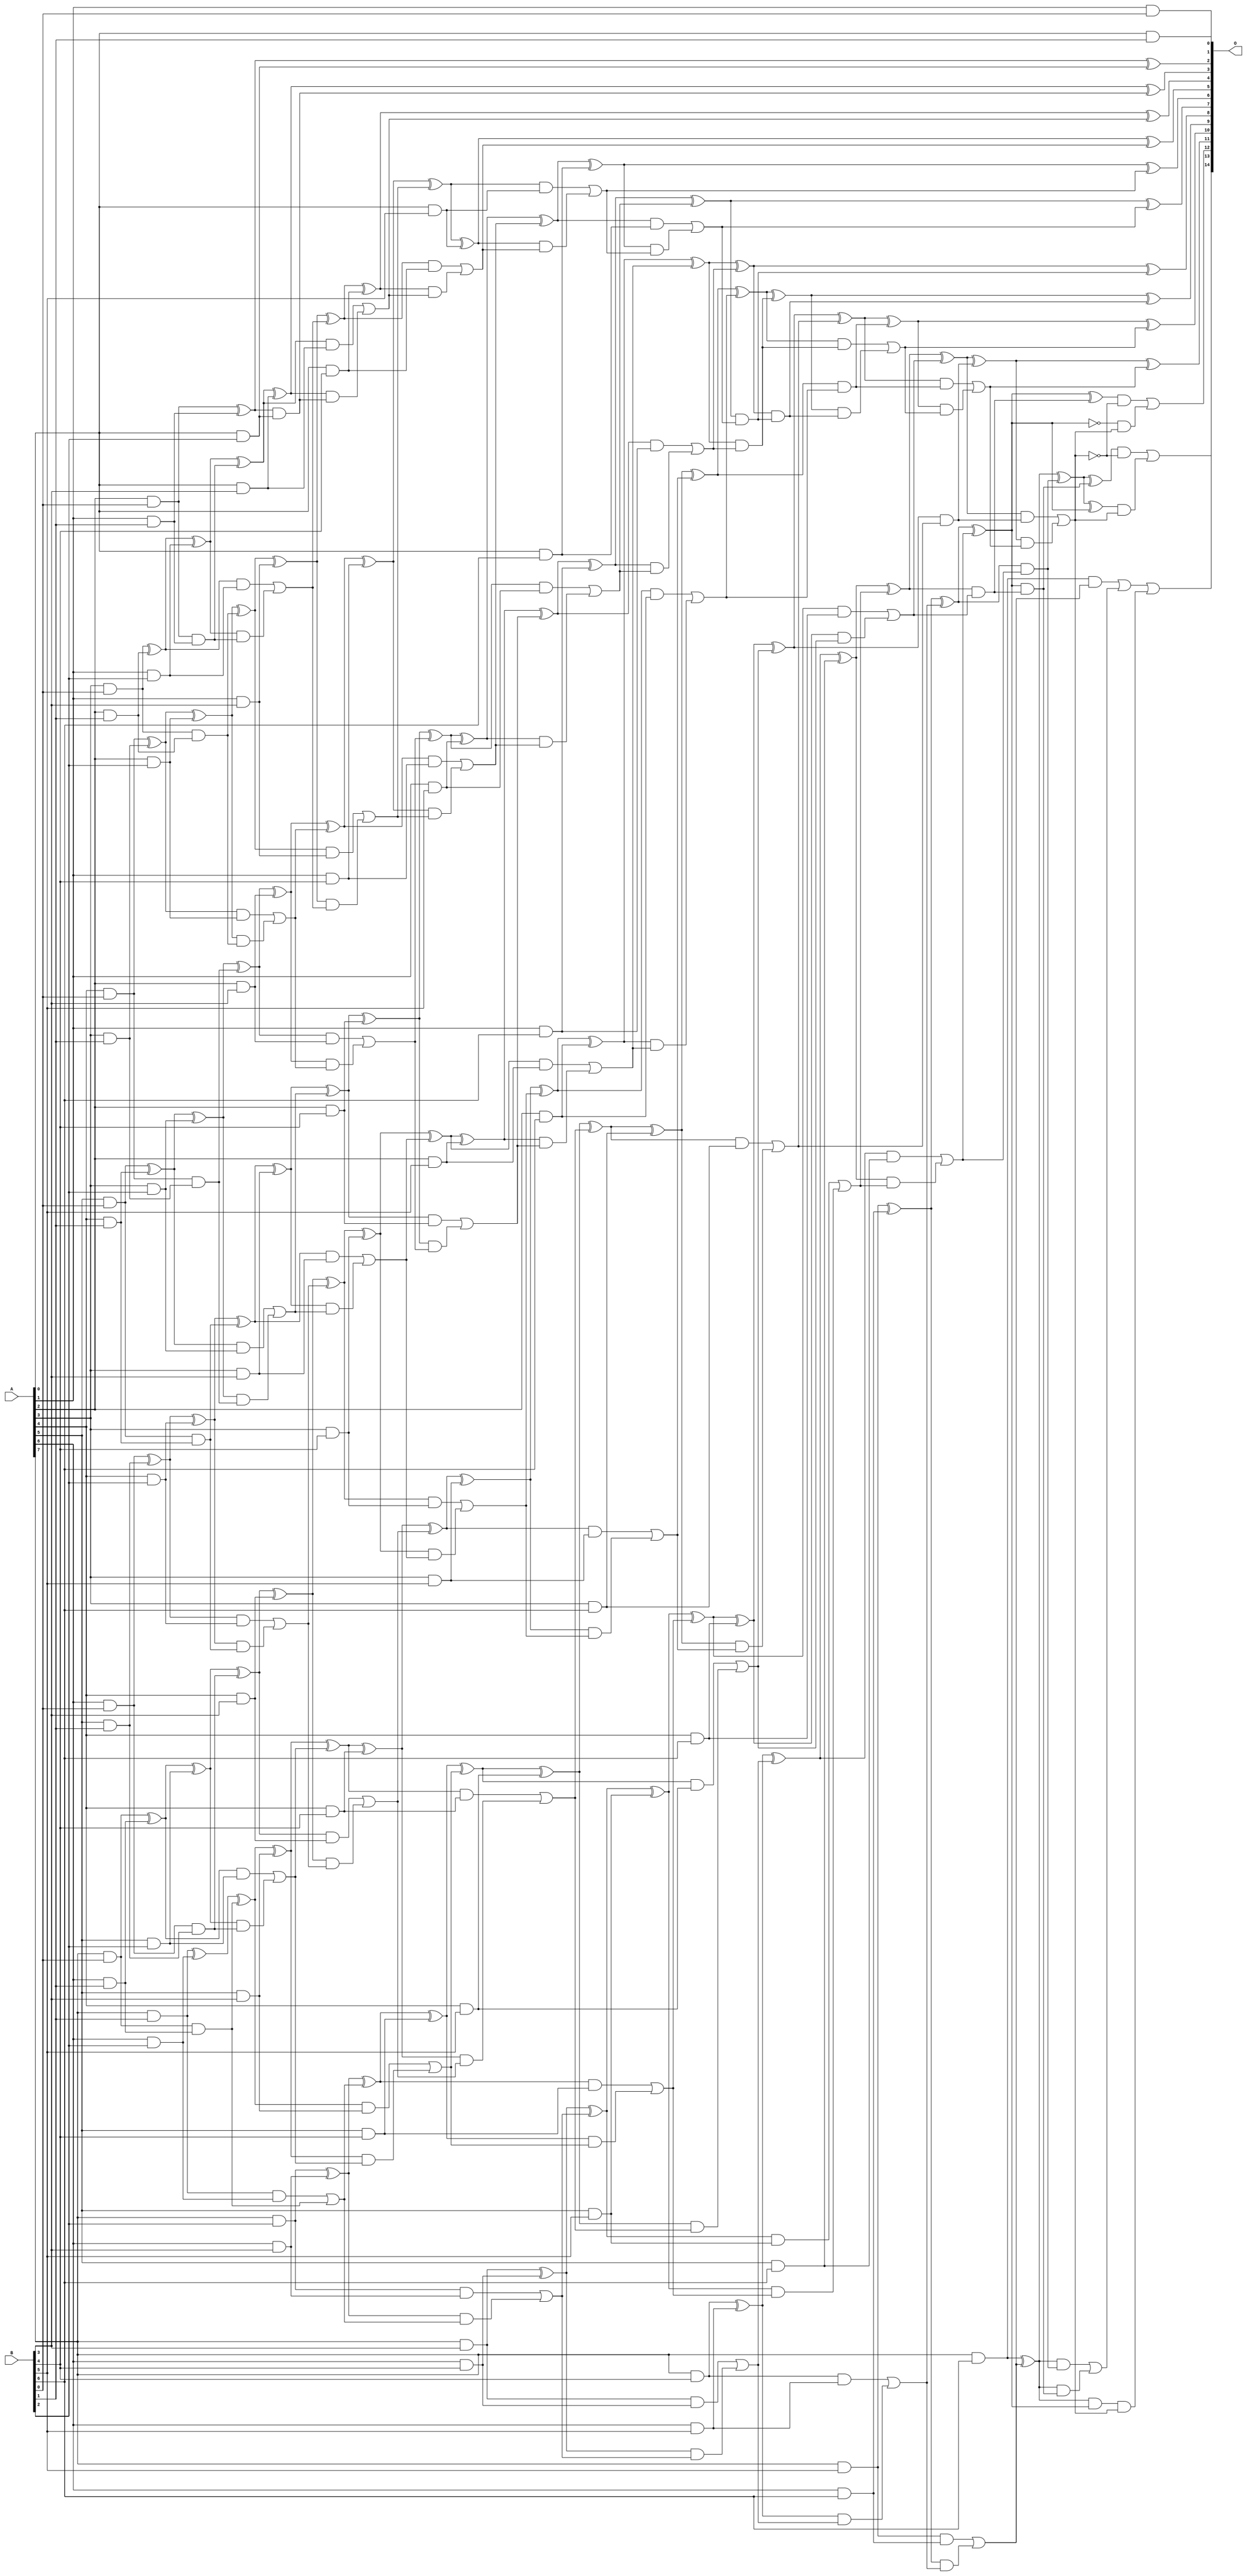
// This program was cloned from: https://github.com/ehw-fit/evoapproxlib
// License: MIT License

/***
* This code is a part of EvoApproxLib library (ehw.fit.vutbr.cz/approxlib) distributed under The MIT License.
* When used, please cite the following article(s): V. Mrazek, L. Sekanina, Z. Vasicek "Libraries of Approximate Circuits: Automated Design and Application in CNN Accelerators" IEEE Journal on Emerging and Selected Topics in Circuits and Systems, Vol 10, No 4, 2020 
* This file contains a circuit from a sub-set of pareto optimal circuits with respect to the pwr and wce parameters
***/
// MAE% = 0.0015 %
// MAE = 0.5 
// WCE% = 0.0061 %
// WCE = 2.0 
// WCRE% = 100.00 %
// EP% = 37.50 %
// MRE% = 0.059 %
// MSE = 0.75 
// PDK45_PWR = 0.327 mW
// PDK45_AREA = 593.7 um2
// PDK45_DELAY = 1.37 ns

module mul8x7u_5FH (
    A,
    B,
    O
);

input [7:0] A;
input [6:0] B;
output [14:0] O;

wire sig_16,sig_17,sig_18,sig_19,sig_20,sig_21,sig_22,sig_23,sig_24,sig_25,sig_26,sig_27,sig_28,sig_29,sig_30,sig_33,sig_34,sig_35,sig_36,sig_37;
wire sig_38,sig_39,sig_40,sig_41,sig_42,sig_43,sig_44,sig_45,sig_46,sig_47,sig_48,sig_49,sig_50,sig_51,sig_52,sig_53,sig_54,sig_58,sig_59,sig_60;
wire sig_61,sig_62,sig_63,sig_64,sig_65,sig_66,sig_67,sig_68,sig_69,sig_70,sig_71,sig_72,sig_73,sig_74,sig_75,sig_76,sig_77,sig_78,sig_79,sig_80;
wire sig_81,sig_82,sig_83,sig_84,sig_86,sig_87,sig_88,sig_89,sig_90,sig_91,sig_92,sig_93,sig_94,sig_95,sig_96,sig_97,sig_98,sig_99,sig_100,sig_101;
wire sig_102,sig_103,sig_104,sig_105,sig_106,sig_107,sig_108,sig_109,sig_110,sig_111,sig_112,sig_113,sig_114,sig_115,sig_116,sig_117,sig_118,sig_119,sig_120,sig_121;
wire sig_122,sig_123,sig_124,sig_125,sig_126,sig_127,sig_128,sig_129,sig_130,sig_131,sig_132,sig_133,sig_134,sig_135,sig_136,sig_137,sig_138,sig_139,sig_140,sig_141;
wire sig_142,sig_143,sig_144,sig_145,sig_146,sig_147,sig_148,sig_149,sig_150,sig_151,sig_152,sig_153,sig_154,sig_155,sig_156,sig_157,sig_158,sig_159,sig_160,sig_161;
wire sig_162,sig_163,sig_164,sig_165,sig_166,sig_167,sig_168,sig_169,sig_170,sig_171,sig_172,sig_173,sig_174,sig_175,sig_176,sig_177,sig_178,sig_179,sig_180,sig_181;
wire sig_182,sig_183,sig_184,sig_185,sig_186,sig_187,sig_188,sig_189,sig_190,sig_191,sig_192,sig_193,sig_194,sig_195,sig_196,sig_197,sig_198,sig_199,sig_200,sig_201;
wire sig_202,sig_203,sig_204,sig_205,sig_206,sig_207,sig_208,sig_209,sig_210,sig_211,sig_212,sig_213,sig_214,sig_215,sig_216,sig_217,sig_218,sig_219,sig_220,sig_221;
wire sig_222,sig_223,sig_224,sig_225,sig_226,sig_227,sig_228,sig_229,sig_230,sig_231,sig_232,sig_233,sig_234,sig_235,sig_236,sig_237,sig_238,sig_239,sig_240,sig_241;
wire sig_242,sig_243,sig_244,sig_245,sig_246,sig_247,sig_248,sig_249,sig_250,sig_251,sig_252,sig_253,sig_254,sig_255,sig_256,sig_257,sig_258,sig_259,sig_260,sig_261;
wire sig_262,sig_263,sig_264,sig_265,sig_266,sig_267,sig_268,sig_269,sig_270,sig_271,sig_272,sig_273,sig_274,sig_275,sig_276,sig_277,sig_278,sig_279,sig_280,sig_281;
wire sig_282,sig_283,sig_284,sig_285,sig_286,sig_287,sig_288,sig_289,sig_290,sig_291,sig_292,sig_293,sig_294,sig_295,sig_296,sig_297,sig_298,sig_305,sig_306,sig_308;
wire sig_309,sig_310,sig_311,sig_312,sig_313,sig_314,sig_315,sig_316,sig_319,sig_320;

assign sig_16 = A[1] & B[0];
assign sig_17 = A[2] & B[0];
assign sig_18 = A[3] & B[0];
assign sig_19 = A[4] & B[0];
assign sig_20 = A[5] & B[0];
assign sig_21 = A[6] & B[0];
assign sig_22 = A[7] & B[0];
assign sig_23 = A[0] & B[1];
assign sig_24 = A[1] & B[1];
assign sig_25 = A[2] & B[1];
assign sig_26 = A[3] & B[1];
assign sig_27 = A[4] & B[1];
assign sig_28 = A[5] & B[1];
assign sig_29 = A[6] & B[1];
assign sig_30 = A[7] & B[1];
assign sig_33 = sig_17 & sig_24;
assign sig_34 = sig_17 ^ sig_24;
assign sig_35 = sig_18 & sig_25;
assign sig_36 = sig_18 ^ sig_25;
assign sig_37 = sig_19 & sig_26;
assign sig_38 = sig_19 ^ sig_26;
assign sig_39 = sig_20 & sig_27;
assign sig_40 = sig_20 ^ sig_27;
assign sig_41 = sig_21 & sig_28;
assign sig_42 = sig_21 ^ sig_28;
assign sig_43 = sig_22 & sig_29;
assign sig_44 = sig_22 ^ sig_29;
assign sig_45 = A[0] & B[2];
assign sig_46 = A[1] & B[2];
assign sig_47 = A[2] & B[2];
assign sig_48 = A[3] & B[2];
assign sig_49 = A[4] & B[2];
assign sig_50 = A[5] & B[2];
assign sig_51 = A[6] & B[2];
assign sig_52 = A[7] & B[2];
assign sig_53 = sig_34 ^ sig_45;
assign sig_54 = sig_34 & sig_45;
assign sig_58 = sig_36 ^ sig_46;
assign sig_59 = sig_36 & sig_46;
assign sig_60 = sig_58 & sig_33;
assign sig_61 = sig_58 ^ sig_33;
assign sig_62 = sig_59 | sig_60;
assign sig_63 = sig_38 ^ sig_47;
assign sig_64 = sig_38 & sig_47;
assign sig_65 = sig_63 & sig_35;
assign sig_66 = sig_63 ^ sig_35;
assign sig_67 = sig_64 | sig_65;
assign sig_68 = sig_40 ^ sig_48;
assign sig_69 = sig_40 & sig_48;
assign sig_70 = sig_68 & sig_37;
assign sig_71 = sig_68 ^ sig_37;
assign sig_72 = sig_69 | sig_70;
assign sig_73 = sig_42 ^ sig_49;
assign sig_74 = sig_42 & sig_49;
assign sig_75 = sig_73 & sig_39;
assign sig_76 = sig_73 ^ sig_39;
assign sig_77 = sig_74 | sig_75;
assign sig_78 = sig_44 ^ sig_50;
assign sig_79 = sig_44 & sig_50;
assign sig_80 = sig_78 & sig_41;
assign sig_81 = sig_78 ^ sig_41;
assign sig_82 = sig_79 | sig_80;
assign sig_83 = sig_30 ^ sig_51;
assign sig_84 = sig_30 & sig_51;
assign sig_86 = sig_83 ^ sig_43;
assign sig_87 = sig_84 | sig_43;
assign sig_88 = A[0] & B[3];
assign sig_89 = A[1] & B[3];
assign sig_90 = A[2] & B[3];
assign sig_91 = A[3] & B[3];
assign sig_92 = A[4] & B[3];
assign sig_93 = A[5] & B[3];
assign sig_94 = A[6] & B[3];
assign sig_95 = A[7] & B[3];
assign sig_96 = sig_61 ^ sig_88;
assign sig_97 = sig_61 & sig_88;
assign sig_98 = sig_96 & sig_54;
assign sig_99 = sig_96 ^ sig_54;
assign sig_100 = sig_97 | sig_98;
assign sig_101 = sig_66 ^ sig_89;
assign sig_102 = sig_66 & sig_89;
assign sig_103 = sig_101 & sig_62;
assign sig_104 = sig_101 ^ sig_62;
assign sig_105 = sig_102 | sig_103;
assign sig_106 = sig_71 ^ sig_90;
assign sig_107 = sig_71 & sig_90;
assign sig_108 = sig_106 & sig_67;
assign sig_109 = sig_106 ^ sig_67;
assign sig_110 = sig_107 | sig_108;
assign sig_111 = sig_76 ^ sig_91;
assign sig_112 = sig_76 & sig_91;
assign sig_113 = sig_111 & sig_72;
assign sig_114 = sig_111 ^ sig_72;
assign sig_115 = sig_112 | sig_113;
assign sig_116 = sig_81 ^ sig_92;
assign sig_117 = sig_81 & sig_92;
assign sig_118 = sig_116 & sig_77;
assign sig_119 = sig_116 ^ sig_77;
assign sig_120 = sig_117 | sig_118;
assign sig_121 = sig_86 ^ sig_93;
assign sig_122 = sig_86 & sig_93;
assign sig_123 = sig_121 & sig_82;
assign sig_124 = sig_121 ^ sig_82;
assign sig_125 = sig_122 | sig_123;
assign sig_126 = sig_52 ^ sig_94;
assign sig_127 = sig_52 & sig_94;
assign sig_128 = sig_126 & sig_87;
assign sig_129 = sig_126 ^ sig_87;
assign sig_130 = sig_127 | sig_128;
assign sig_131 = A[0] & B[4];
assign sig_132 = A[1] & B[4];
assign sig_133 = A[2] & B[4];
assign sig_134 = A[3] & B[4];
assign sig_135 = A[4] & B[4];
assign sig_136 = A[5] & B[4];
assign sig_137 = A[6] & B[4];
assign sig_138 = A[7] & B[4];
assign sig_139 = sig_104 ^ sig_131;
assign sig_140 = sig_104 & sig_131;
assign sig_141 = sig_139 & sig_100;
assign sig_142 = sig_139 ^ sig_100;
assign sig_143 = sig_140 | sig_141;
assign sig_144 = sig_109 ^ sig_132;
assign sig_145 = sig_109 & sig_132;
assign sig_146 = sig_144 & sig_105;
assign sig_147 = sig_144 ^ sig_105;
assign sig_148 = sig_145 | sig_146;
assign sig_149 = sig_114 ^ sig_133;
assign sig_150 = sig_114 & sig_133;
assign sig_151 = sig_149 & sig_110;
assign sig_152 = sig_149 ^ sig_110;
assign sig_153 = sig_150 | sig_151;
assign sig_154 = sig_119 ^ sig_134;
assign sig_155 = sig_119 & sig_134;
assign sig_156 = sig_154 & sig_115;
assign sig_157 = sig_154 ^ sig_115;
assign sig_158 = sig_155 | sig_156;
assign sig_159 = sig_124 ^ sig_135;
assign sig_160 = sig_124 & sig_135;
assign sig_161 = sig_159 & sig_120;
assign sig_162 = sig_159 ^ sig_120;
assign sig_163 = sig_160 | sig_161;
assign sig_164 = sig_129 ^ sig_136;
assign sig_165 = sig_129 & sig_136;
assign sig_166 = sig_164 & sig_125;
assign sig_167 = sig_164 ^ sig_125;
assign sig_168 = sig_165 | sig_166;
assign sig_169 = sig_95 ^ sig_137;
assign sig_170 = sig_95 & sig_137;
assign sig_171 = sig_169 & sig_130;
assign sig_172 = sig_169 ^ sig_130;
assign sig_173 = sig_170 | sig_171;
assign sig_174 = A[0] & B[5];
assign sig_175 = A[1] & B[5];
assign sig_176 = A[2] & B[5];
assign sig_177 = A[3] & B[5];
assign sig_178 = A[4] & B[5];
assign sig_179 = A[5] & B[5];
assign sig_180 = A[6] & B[5];
assign sig_181 = A[7] & B[5];
assign sig_182 = sig_147 ^ sig_174;
assign sig_183 = sig_147 & sig_174;
assign sig_184 = sig_182 & sig_143;
assign sig_185 = sig_182 ^ sig_143;
assign sig_186 = sig_183 | sig_184;
assign sig_187 = sig_152 ^ sig_175;
assign sig_188 = sig_152 & sig_175;
assign sig_189 = sig_187 & sig_148;
assign sig_190 = sig_187 ^ sig_148;
assign sig_191 = sig_188 | sig_189;
assign sig_192 = sig_157 ^ sig_176;
assign sig_193 = sig_157 & sig_176;
assign sig_194 = sig_192 & sig_153;
assign sig_195 = sig_192 ^ sig_153;
assign sig_196 = sig_193 | sig_194;
assign sig_197 = sig_162 ^ sig_177;
assign sig_198 = sig_162 & sig_177;
assign sig_199 = sig_197 & sig_158;
assign sig_200 = sig_197 ^ sig_158;
assign sig_201 = sig_198 | sig_199;
assign sig_202 = sig_167 ^ sig_178;
assign sig_203 = sig_167 & sig_178;
assign sig_204 = sig_202 & sig_163;
assign sig_205 = sig_202 ^ sig_163;
assign sig_206 = sig_203 | sig_204;
assign sig_207 = sig_172 ^ sig_179;
assign sig_208 = sig_172 & sig_179;
assign sig_209 = sig_207 & sig_168;
assign sig_210 = sig_207 ^ sig_168;
assign sig_211 = sig_208 | sig_209;
assign sig_212 = sig_138 ^ sig_180;
assign sig_213 = sig_138 & sig_180;
assign sig_214 = sig_212 & sig_173;
assign sig_215 = sig_212 ^ sig_173;
assign sig_216 = sig_213 | sig_214;
assign sig_217 = A[0] & B[6];
assign sig_218 = A[1] & B[6];
assign sig_219 = A[2] & B[6];
assign sig_220 = A[3] & B[6];
assign sig_221 = A[4] & B[6];
assign sig_222 = A[5] & B[6];
assign sig_223 = A[6] & B[6];
assign sig_224 = A[7] & B[6];
assign sig_225 = sig_190 ^ sig_217;
assign sig_226 = sig_190 & sig_217;
assign sig_227 = sig_225 & sig_186;
assign sig_228 = sig_225 ^ sig_186;
assign sig_229 = sig_226 | sig_227;
assign sig_230 = sig_195 ^ sig_218;
assign sig_231 = sig_195 & sig_218;
assign sig_232 = sig_230 & sig_191;
assign sig_233 = sig_230 ^ sig_191;
assign sig_234 = sig_231 | sig_232;
assign sig_235 = sig_200 ^ sig_219;
assign sig_236 = sig_200 & sig_219;
assign sig_237 = sig_235 & sig_196;
assign sig_238 = sig_235 ^ sig_196;
assign sig_239 = sig_236 | sig_237;
assign sig_240 = sig_205 ^ sig_220;
assign sig_241 = sig_205 & sig_220;
assign sig_242 = sig_240 & sig_201;
assign sig_243 = sig_240 ^ sig_201;
assign sig_244 = sig_241 | sig_242;
assign sig_245 = sig_210 ^ sig_221;
assign sig_246 = sig_210 & sig_221;
assign sig_247 = sig_245 & sig_206;
assign sig_248 = sig_245 ^ sig_206;
assign sig_249 = sig_246 | sig_247;
assign sig_250 = sig_215 ^ sig_222;
assign sig_251 = sig_215 & sig_222;
assign sig_252 = sig_250 & sig_211;
assign sig_253 = sig_250 ^ sig_211;
assign sig_254 = sig_251 | sig_252;
assign sig_255 = sig_181 ^ sig_223;
assign sig_256 = sig_181 & sig_223;
assign sig_257 = sig_255 & sig_216;
assign sig_258 = sig_255 ^ sig_216;
assign sig_259 = sig_256 | sig_257;
assign sig_260 = sig_233 & sig_229;
assign sig_261 = sig_233 ^ sig_229;
assign sig_262 = sig_238 & sig_234;
assign sig_263 = sig_238 ^ sig_234;
assign sig_264 = sig_243 & sig_239;
assign sig_265 = sig_243 ^ sig_239;
assign sig_266 = sig_248 & sig_244;
assign sig_267 = sig_248 ^ sig_244;
assign sig_268 = sig_253 & sig_249;
assign sig_269 = sig_253 ^ sig_249;
assign sig_270 = sig_258 & sig_254;
assign sig_271 = sig_258 ^ sig_254;
assign sig_272 = sig_224 & sig_259;
assign sig_273 = sig_224 ^ sig_259;
assign sig_274 = sig_263 ^ sig_260;
assign sig_275 = sig_263 & sig_260;
assign sig_276 = sig_265 ^ sig_262;
assign sig_277 = sig_265 & sig_262;
assign sig_278 = sig_276 & sig_275;
assign sig_279 = sig_276 ^ sig_275;
assign sig_280 = sig_277 | sig_278;
assign sig_281 = sig_267 ^ sig_264;
assign sig_282 = sig_267 & sig_264;
assign sig_283 = sig_281 & sig_280;
assign sig_284 = sig_281 ^ sig_280;
assign sig_285 = sig_282 | sig_283;
assign sig_286 = sig_269 ^ sig_266;
assign sig_287 = sig_269 & sig_266;
assign sig_288 = sig_286 & sig_285;
assign sig_289 = sig_286 ^ sig_285;
assign sig_290 = sig_287 | sig_288;
assign sig_291 = sig_271 ^ sig_268;
assign sig_292 = sig_271 & sig_268;
assign sig_293 = sig_273 ^ sig_270;
assign sig_294 = sig_273 & sig_270;
assign sig_295 = sig_273 & sig_292;
assign sig_296 = sig_293 ^ sig_292;
assign sig_297 = sig_294 | sig_295;
assign sig_298 = sig_272 | sig_297;
assign sig_305 = sig_273 & sig_271;
assign sig_306 = sig_293 ^ sig_271;
assign sig_308 = ~sig_271;
assign sig_309 = ~sig_290;
assign sig_310 = sig_291 & sig_309;
assign sig_311 = sig_308 & sig_290;
assign sig_312 = sig_310 | sig_311;
assign sig_313 = ~sig_290;
assign sig_314 = sig_296 & sig_313;
assign sig_315 = sig_306 & sig_290;
assign sig_316 = sig_314 | sig_315;
assign sig_319 = sig_305 & sig_290;
assign sig_320 = sig_298 | sig_319;

assign O[14] = sig_320;
assign O[13] = sig_316;
assign O[12] = sig_312;
assign O[11] = sig_289;
assign O[10] = sig_284;
assign O[9] = sig_279;
assign O[8] = sig_274;
assign O[7] = sig_261;
assign O[6] = sig_228;
assign O[5] = sig_185;
assign O[4] = sig_142;
assign O[3] = sig_99;
assign O[2] = sig_53;
assign O[1] = sig_23;
assign O[0] = sig_16;

endmodule